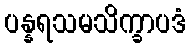
ပန္နရသမသိက္ခာပဒံ